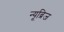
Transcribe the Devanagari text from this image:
न्यूब्रिज